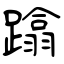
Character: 蹹